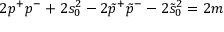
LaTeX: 2 p ^ { + } p ^ { - } + 2 s _ { 0 } ^ { 2 } - 2 \tilde { p } ^ { + } \tilde { p } ^ { - } - 2 \tilde { s } _ { 0 } ^ { 2 } = 2 m